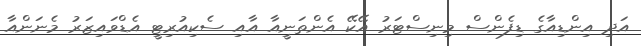
އަދި އިންޑިއާގެ ޑިފެންސް މިނިސްޓަރު އޭކޭ އެންތަނީއާ އާއިި ސެކިއުރިޓީ އެޑްވައިޒަރު މެނަންއާ